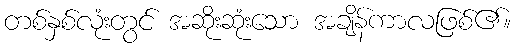
တစ်နှစ်လုံးတွင် အဆိုးဆုံးသော အချိန်ကာလဖြစ်၏။